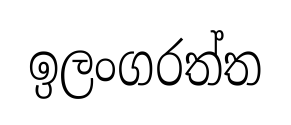
ඉලංගරත්ත